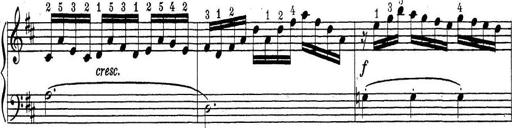
Title: ÄŒeskÃ© Sonatiny
Composer: Various